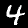
Label: 4